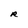
Character: R